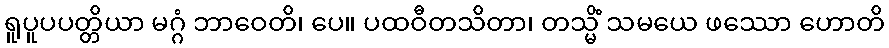
ရူပူပပတ္တိယာ မဂ္ဂံ ဘာဝေတိ၊ ပေ။ ပထဝီတသိတာ၊ တသ္မိံ သမယေ ဖဿော ဟောတိ